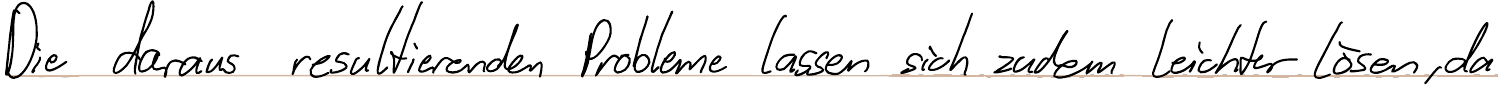
Die daraus resultierenden Probleme lassen sich zudem leichter lösen, da